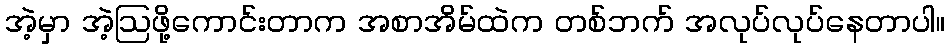
အဲ့မှာ အဲ့ဩဖို့ကောင်းတာက အစာအိမ်ထဲက တစ်ဘက် အလုပ်လုပ်နေတာပါ။